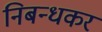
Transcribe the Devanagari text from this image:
निबन्धकर